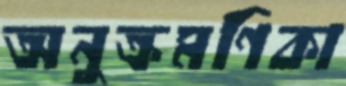
অনুক্রমণিকা